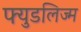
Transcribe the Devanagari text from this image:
फ्युडलिज्म